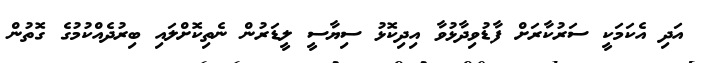
އަދި އެކަމަކީ ސަރުކާރަށް ފާޑުވިދާޅުވާ އިދިކޮޅު ސިޔާސީ ލީޑަރުން ނެތިކޮށްލައި ބިރުދެއްކުމުގެ ގޮތުން